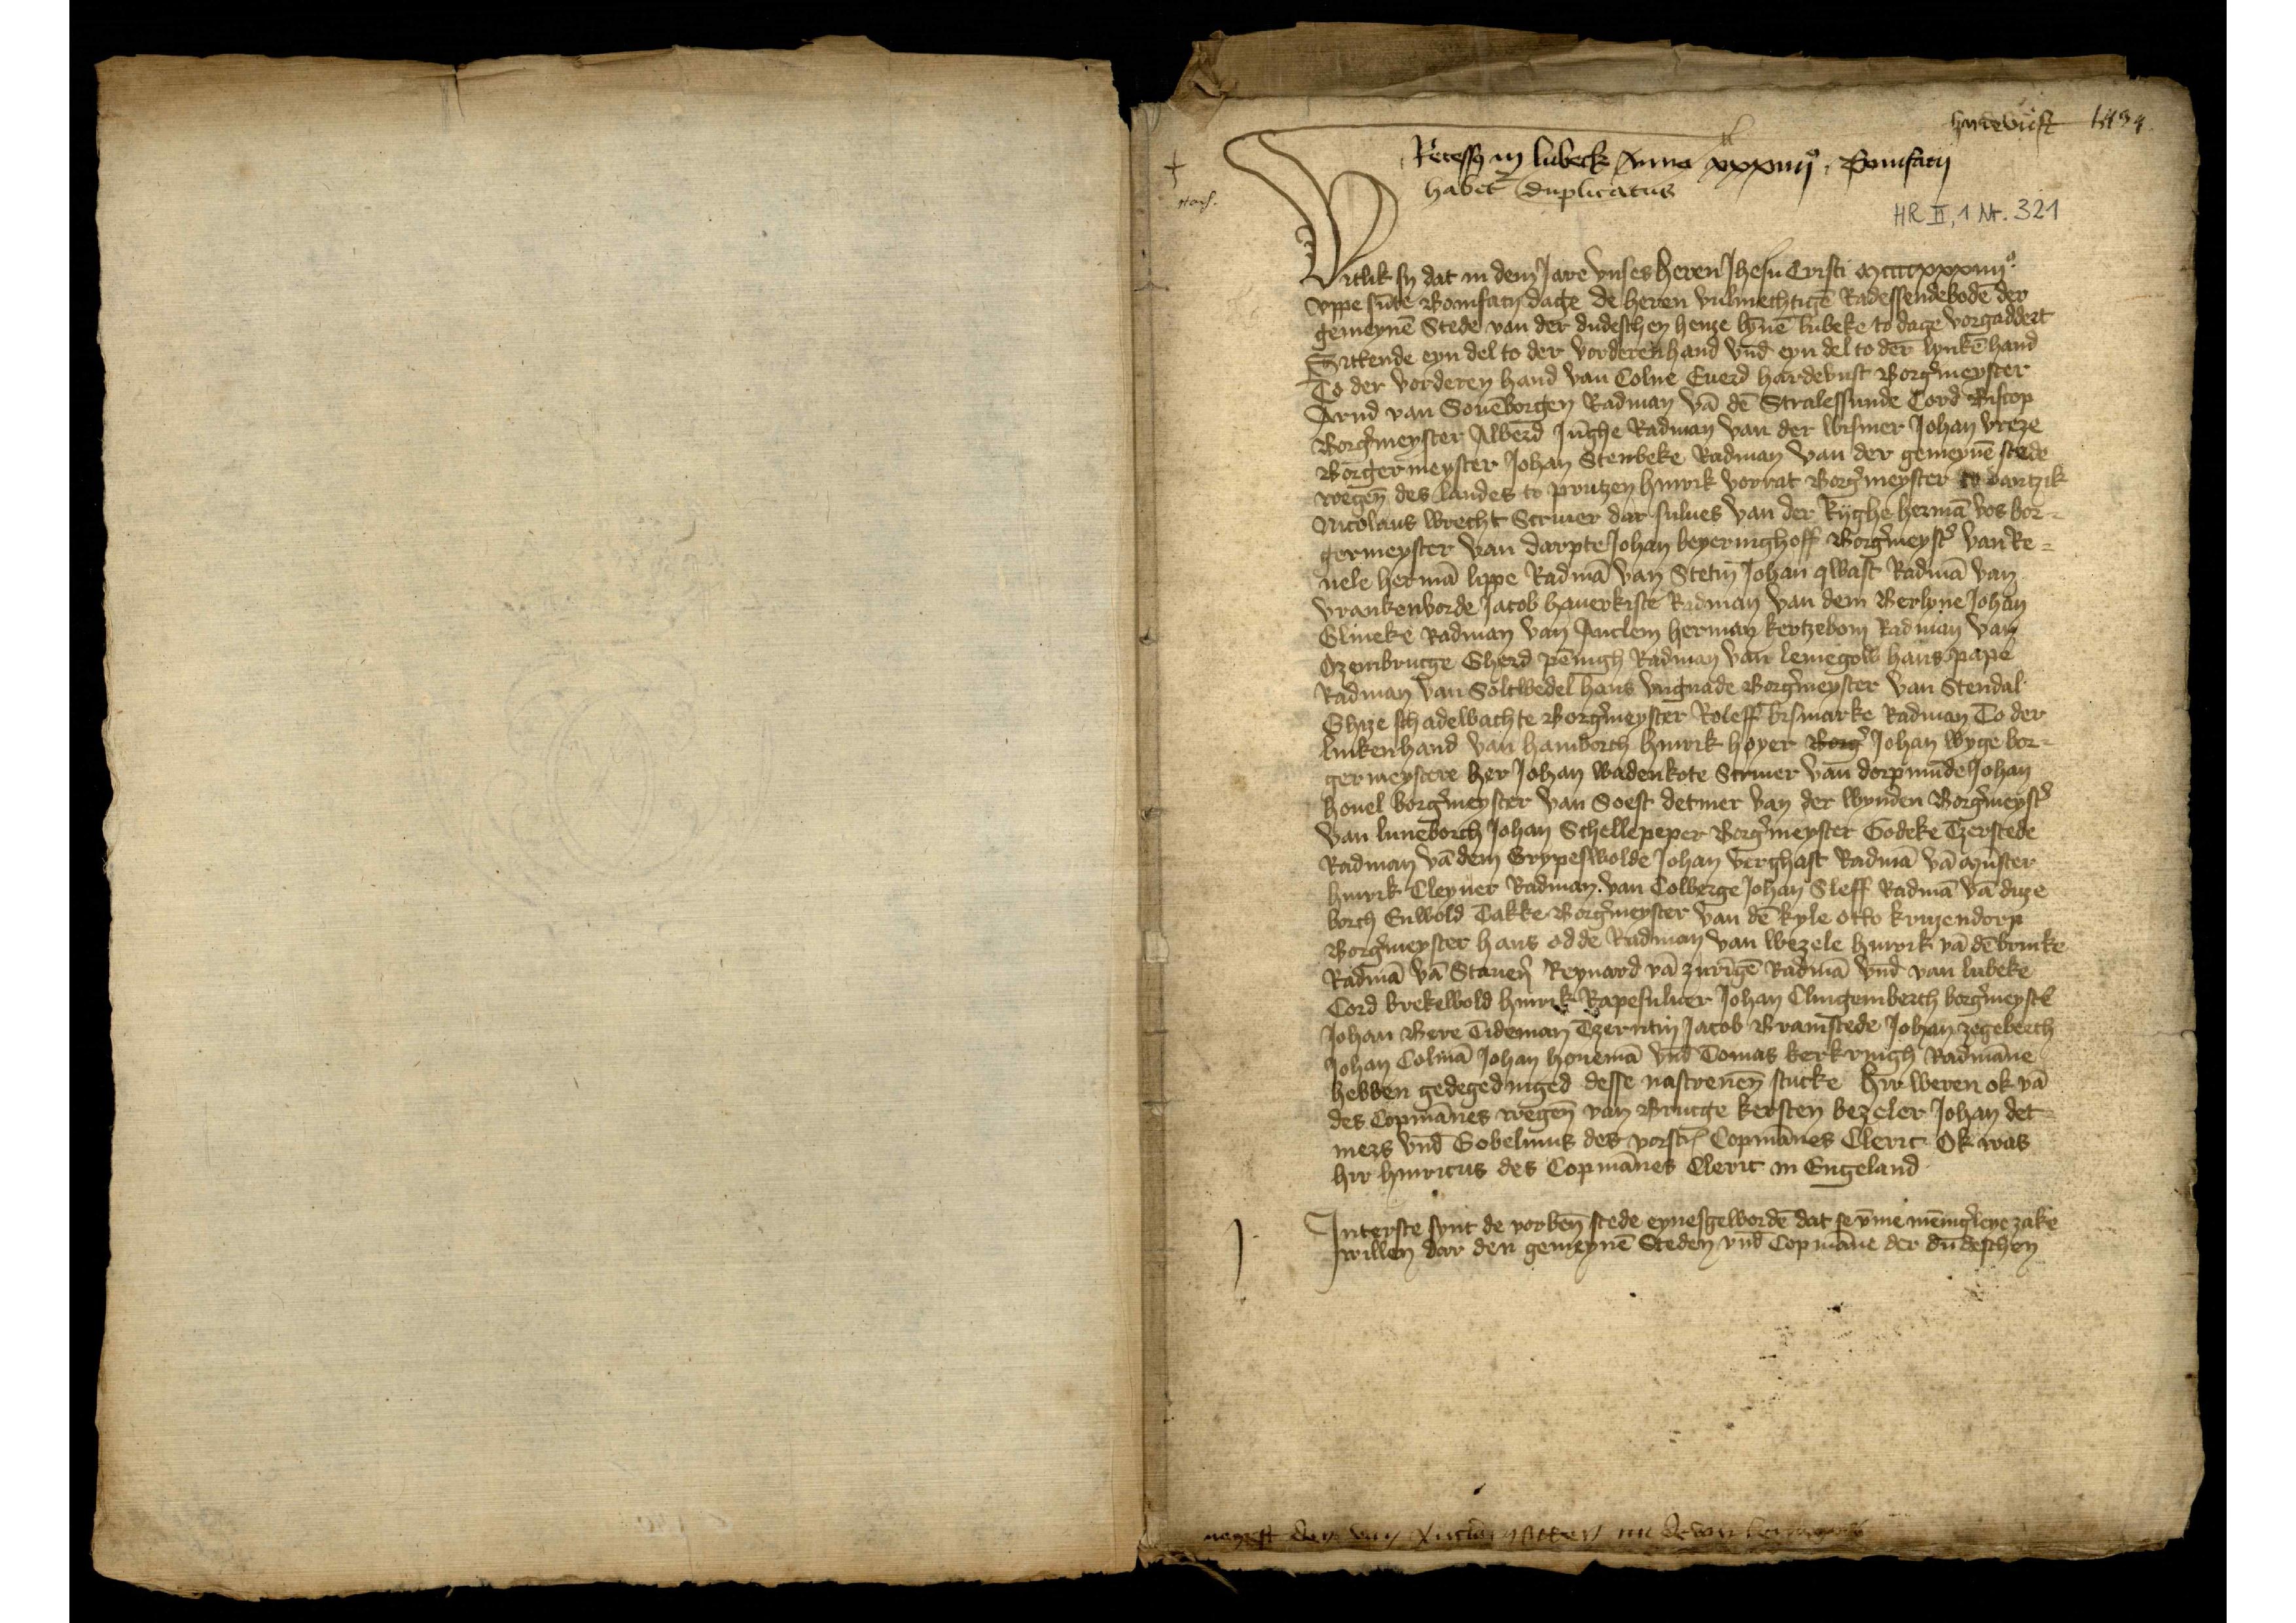
Hach.

j.

Recesso̧ in Lubeck Anno xxxiiijo Bonifacij
habet duplicatus

hardebust 1434.

Witlik sy dat in dem Jare vnses heren Jhesu Cristi mccccxxxiiijo
vppe sūte Bonfifacij dage de heren vulmechtigē Radessendebodē der
gemeynē Stede van der dudeschen henze bȳnē Lubeke to dage vorgaddert
Sittende eyn del to der vorderen hand vnd̄ eyn del to der lynkē hand
To der vorderen hand van Colne Euerd Hardevust Borg̉meyster
Arnd van Souēborgen Radman vā dē Stralessunde Cord Biscop
Borg̉meyster Alberd Jūghe Radman van der Wismer Johan Vreze
Borgermeyster Johan Stenbeke Radman van der gemeynē stede
wegen̄ des landes to Prutzen Hinrik Vorrat Borg̉meyster to Dantzik
Nicolaus Wrecht Scriuer dar sulues van der Ryghe Hermā Vos bor¬
germeyster van Darpte Johan Beyeringhoff Borg̉meyst̉ van Re¬
uele Hermā Lippe Radmā van Stetin Johan Qwast Radmā van
Vrankenvorde Jacob Hauerkiste Radman van dem Berlyne Johan
Glineke Radman van Anclem Herman Kertzebom Radman van
Ozembrucge Gherd Pēnigh Radman van Lemegow Hans Pape
Radman van Soltwedel Hans Vngnade Borg̉meyster van Stendal
Ghize Schadewachte Borg̉meyster Roleff Bismarke Radman To der
linkenhand van Hamborch Hinrik Hoyer Borg̉ Johan Wyge bor¬
germeystere her Johan Wadenkote Scriuer van Dorpmūde Johan
Houel borg̉meyster van Soest Detmer van der Wynden Borg̉meyst̉
van Luneborch Johan Schellepeper Borg̉meyster Godeke Tzerstede
Radman vā dem Grypeswolde Johan Verghast Radmā vā Mūster
Hinrik Cleyner Radman van Colberge Johan Sleff Radmā vā Duze¬
borch Enwold Takke Borg̉meyster van dē Kyle Otto Kruzendorp
Borg̉meyster Hans Odde Radman van Wezele Hinrik vā dē Brinke
Radmā vā Stauen̉ Reynard vā Zurīgē Radmā vnd̄ van Lubeke
Cord Brekewold Hinrik Rapesuluer Johan Clingemberch borg̉meystẻ
Johan Bere Tideman Tzerntin Jacob Bramstede Johan Zegeberch
Johan Colmā Johan Houemā vnd Tomas Kerkringh Radmāne
hebben gedegedinged desse nascreuēn stucke hir weren ok vā
des Copmānes wegēn van Brucge Kersten Bezeler Johan Det¬
mers vnd̄ Gobelinus des vorscꝬ Copmānes Cleric Ok was
hir Hinricus des Copmānes Cleric in Engeland

Jnterste synt de vorben̄ stede eynesgewordē dat se v̄me mēnig̉leye zake
willen dar den gemeynē steden vnd copmāne der dudeschen

negest den van Anclam setten nu de van Lemgow